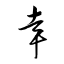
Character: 幸